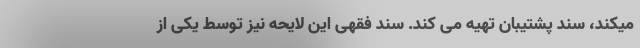
میکند، سند پشتیبان تهیه می کند. سند فقهی این لایحه نیز توسط یکی از